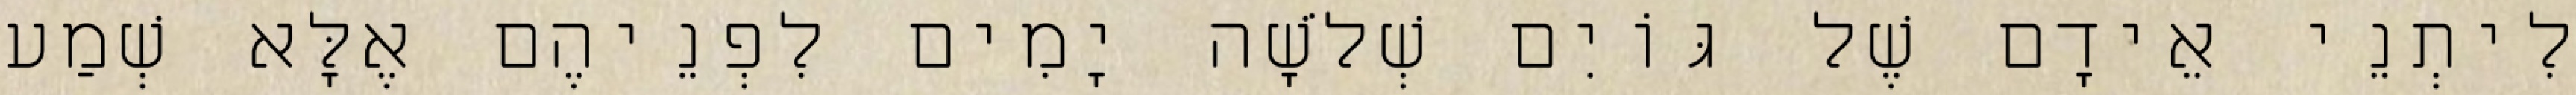
לִיתְנֵי אֵידָם שֶׁל גּוֹיִם שְׁלֹשָׁה יָמִים לִפְנֵיהֶם אֶלָּא שְׁמַע